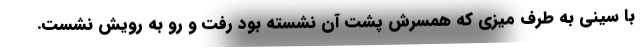
با سینی به طرف میزی که همسرش پشت آن نشسته بود رفت و رو به رویش نشست.